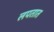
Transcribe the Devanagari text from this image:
लपतात